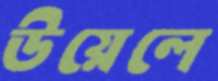
উয়েলে